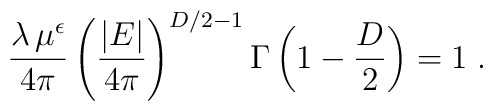
\frac{\lambda \, \mu^{\epsilon}}{4\pi}\left(\frac{|E|}{4\pi}\right)^{ {D} /2 - 1}\Gamma \left(1 - \frac{D}{2} \right) = 1\; .